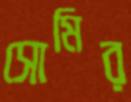
সোমির